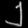
Digit: ၂